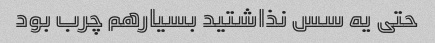
حتی یه سس نذاشتید بسیارهم چرب بود